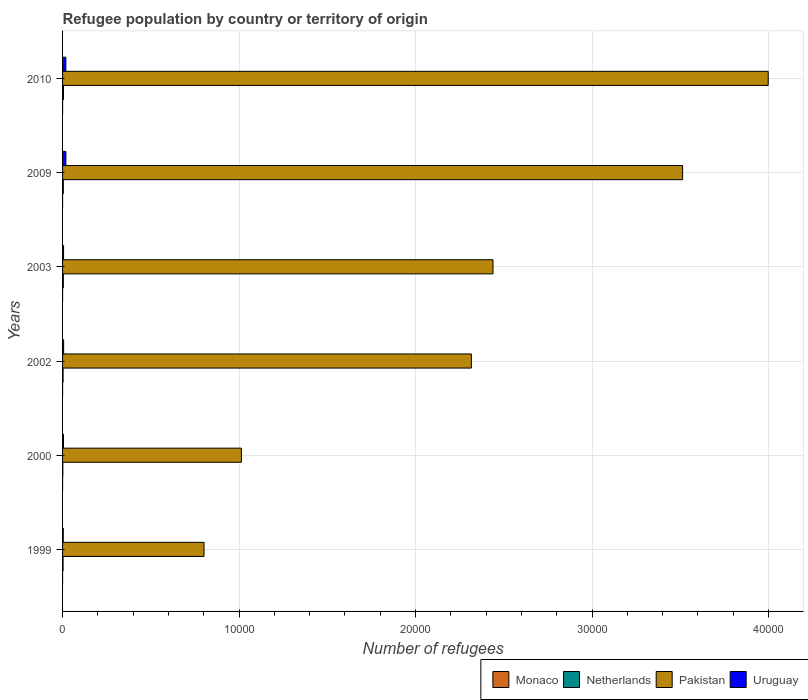
| Years | Monaco | Netherlands | Pakistan | Uruguay |
 | --- | --- | --- | --- | --- |
 | 1999 | 1 | 29 | 8.02e+03 | 39 |
 | 2000 | 1 | 15 | 1.01e+04 | 51 |
 | 2002 | 1 | 30 | 2.32e+04 | 61 |
 | 2003 | 1 | 44 | 2.44e+04 | 57 |
 | 2009 | 1 | 44 | 3.51e+04 | 188 |
 | 2010 | 2 | 53 | 4e+04 | 186 |